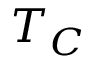
T _ { C }